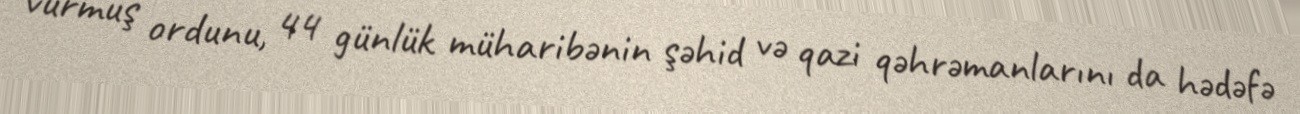
vurmuş ordunu, 44 günlük müharibənin şəhid və qazi qəhrəmanlarını da hədəfə